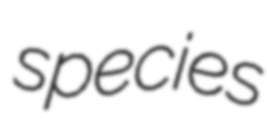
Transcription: species